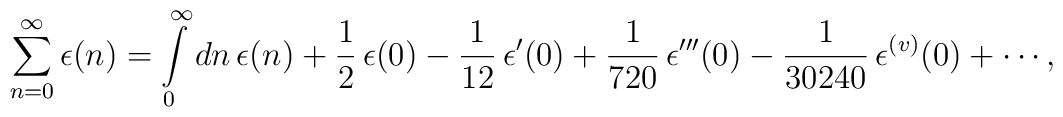
\sum_{n=0}^{\infty}\epsilon(n) =\int\limits_{0}^{\infty}{dn}\,\epsilon(n) + {1\over 2}\,\epsilon(0) - {1\over 12}\,\epsilon'(0) + {1\over 720}\,\epsilon'''(0) - {1\over 30240}\,\epsilon^{(v)}(0) + \cdots,